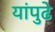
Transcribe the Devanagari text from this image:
यांपुढे